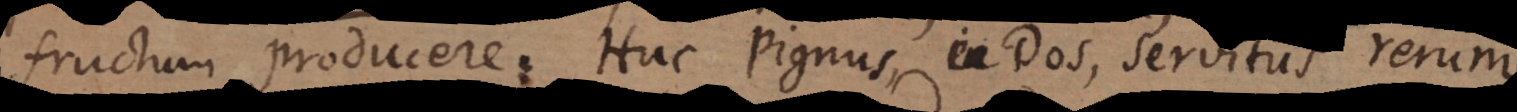
fructum producere. Huc Pignus, Dos, Servitus rerum